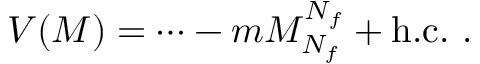
V ( M ) = { \cdots } - m M _ { N _ { f } } ^ { N _ { f } } + \mathrm { h . c . } \ .